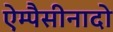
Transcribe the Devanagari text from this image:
ऐम्पैसीनादो